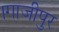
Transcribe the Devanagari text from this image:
।गाजीपुर